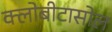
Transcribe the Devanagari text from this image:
क्लोबीटासोल